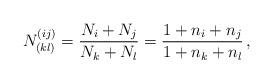
LaTeX: \begin{align*} N^{(ij)}_{(kl)}={{N_i+N_j}\over {N_k+N_l}}={{1+n_i+n_j}\over {1+n_k+n_l}}\, ,\end{align*}